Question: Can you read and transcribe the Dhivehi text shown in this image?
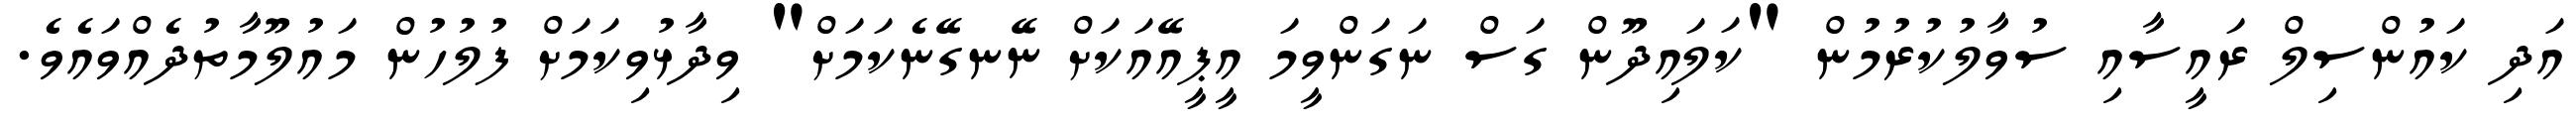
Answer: އަދި ކައުންސިލް ރައީސާއި ސުވާލުކުރުމުން "ކަލައިދޫން ގަސް ނަގަންވީމަ އީޕީއޭއަކަށް ނޭނގޭނެކަމަށް" ވިދާޅުވިކަމަށް ފުލުހުން މައުލޫމާތުދެއްވައެވެ.